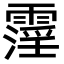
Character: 霪